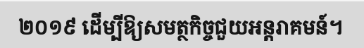
២០១៩ ដើម្បីឱ្យសមត្ថកិច្ចជួយអន្តរាគមន៍។